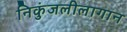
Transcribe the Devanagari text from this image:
निकुंजलीलागान